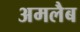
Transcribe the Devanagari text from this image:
अमलैब